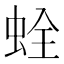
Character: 𧊲